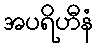
အပရိဟီနံ